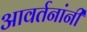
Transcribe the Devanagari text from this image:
आवर्तनांनी